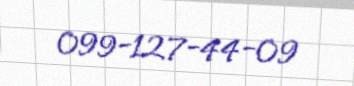
099-127-44-09